Proceedings of the meeting of veterinary officers in India
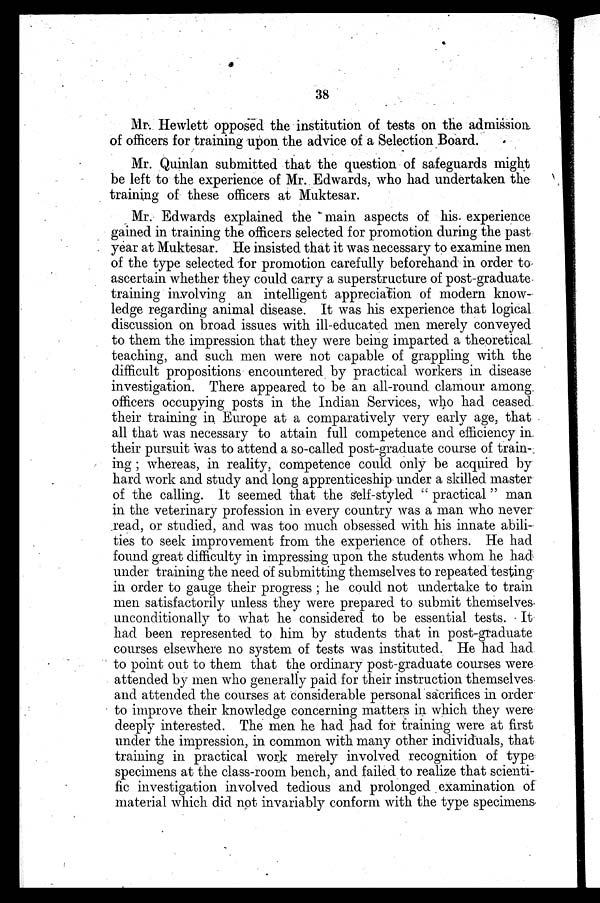
38
Mr. Hewlett opposed the institution of tests on the admission
of officers for training upon the advice of a Selection Board.
Mr. Quinlan submitted that the question of safeguards might
be left to the experience of Mr. Edwards, who had undertaken the
training of these officers at Muktesar.
Mr. Edwards explained the main aspects of his experience
gained in training the officers selected for promotion during the past
year at Muktesar. He insisted that it was necessary to examine men
of the type selected for promotion carefully beforehand in order to
ascertain whether they could carry a superstructure of post-graduate
training involving an intelligent appreciation of modern know-
ledge regarding animal disease. It was his experience that logical
discussion on broad issues with ill-educated men merely conveyed
to them the impression that they were being imparted a theoretical
teaching, and such men were not capable of grappling with the
difficult propositions encountered by practical workers in disease
investigation. There appeared to be an all-round clamour among
officers occupying posts in the Indian Services, who had ceased
their training in Europe at a comparatively very early age, that
all that was necessary to attain full competence and efficiency in
their pursuit was to attend a so-called post-graduate course of train-
ing; whereas, in reality, competence could only be acquired by
hard work and study and long apprenticeship under a skilled master
of the calling. It seemed that the self-styled "practical" man
in the veterinary profession in every country was a man who never
read, or studied, and was too much obsessed with his innate abili-
ties to seek improvement from the experience of others. He had
found great difficulty in impressing upon the students whom he had
under training the need of submitting themselves to repeated testing
in order to gauge their progress; he could not undertake to train
men satisfactorily unless they were prepared to submit themselves
unconditionally to what he considered to be essential tests. It
had been represented to him by students that in post-graduate
courses elsewhere no system of tests was instituted. He had had
to point out to them that the ordinary post-graduate courses were
attended by men who generally paid for their instruction themselves
and attended the courses at considerable personal sacrifices in order
to improve their knowledge concerning matters in which they were
deeply interested. The men he had had for training were at first
under the impression, in common with many other individuals, that
training in practical work merely involved recognition of type
specimens at the class-room bench, and failed to realize that scienti-
fic investigation involved tedious and prolonged examination of
material which did not invariably conform with the type specimens